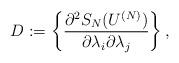
LaTeX: \begin{align*}D:=\left\{\frac{\partial^2S_N(U^{(N)})}{\partial \lambda_i\partial \lambda_j}\right\},\end{align*}